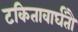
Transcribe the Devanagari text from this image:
टकितावार्घंतौ